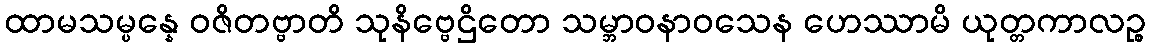
ထာမသမ္ပန္နေ ဝဇိတဗ္ဗာတိ သုနိဗ္ဗေဌိတော သမ္ဘာဝနာဝသေန ဟေဿာမိ ယုတ္တကာလဉ္စ